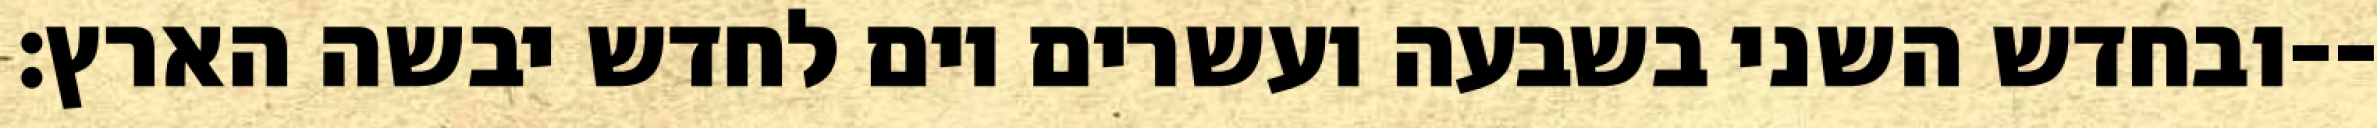
ובחדש השני בשבעה ועשרים יום לחדש יבשה הארץ׃--